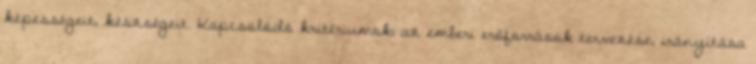
képességeit, készségeit. Kapcsolódó kritériumok: az emberi erőforrások tervezése, irányítása